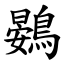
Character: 鷃